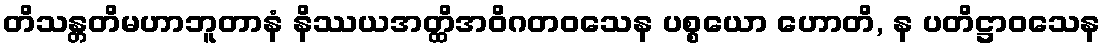
တိသန္တတိမဟာဘူတာနံ နိဿယအတ္ထိအဝိဂတဝသေန ပစ္စယော ဟောတိ, န ပတိဋ္ဌာဝသေန